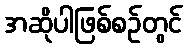
အဆိုပါဖြစ်စဉ်တွင်